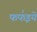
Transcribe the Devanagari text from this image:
फफ॑इये